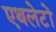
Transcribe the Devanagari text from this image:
एथलेटों